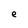
Character: e